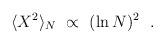
LaTeX: \begin{align*} \langle X^2 \rangle_N ~ \propto ~ (\ln N)^2 ~~.\end{align*}